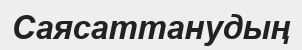
Саясаттанудың